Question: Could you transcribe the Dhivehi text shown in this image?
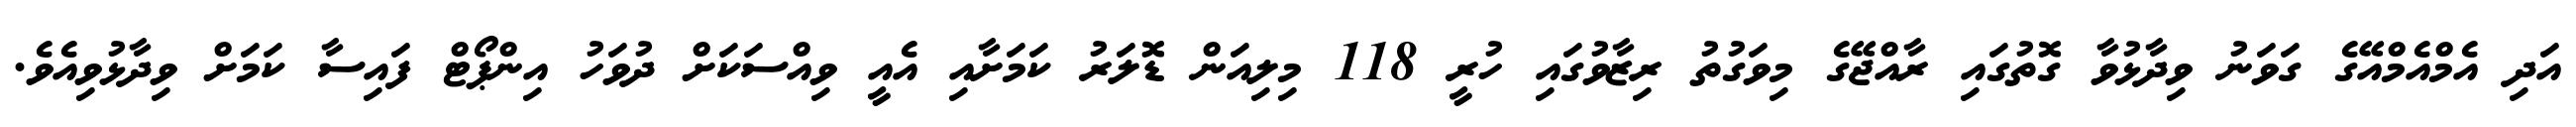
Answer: އަދި އެމްއެމްއޭގެ ގަވަނު ވިދާޅުވާ ގޮތުގައި ރާއްޖޭގެ މިވަގުތު ރިޒާވުގައި ހުރީ 118 މިލިއަން ޑޮލަރު ކަމަށާއި އެއީ ވިއްސަކަށް ދުވަހު އިންޕޯޓް ފައިސާ ކަމަށް ވިދާޅުވިއެވެ.